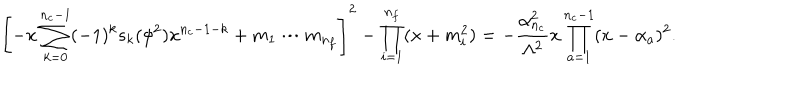
\left[ - x \sum _ { k = 0 } ^ { n _ { c } - 1 } ( - 1 ) ^ { k } s _ { k } ( \phi ^ { 2 } ) x ^ { n _ { c } - 1 - k } + m _ { 1 } \cdots m _ { n _ { f } } \right] ^ { 2 } - \prod _ { i = 1 } ^ { n _ { f } } ( x + m _ { i } ^ { 2 } ) = - \frac { \alpha _ { n _ { c } } ^ { 2 } } { \Lambda ^ { 2 } } x \prod _ { a = 1 } ^ { n _ { c } - 1 } ( x - \alpha _ { a } ) ^ { 2 } .